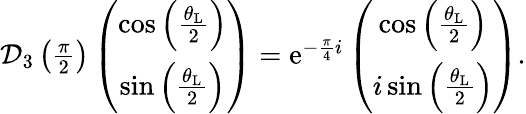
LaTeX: \begin{array}{r}{\mathcal{D}_{3}\left(\frac{\pi}{2}\right)\left(\begin{array}{cc}{\cos\left(\frac{\theta_{\mathrm{L}}}{2}\right)}\\ {\sin\left(\frac{\theta_{\mathrm{L}}}{2}\right)}\end{array}\right)=\mathrm{e}^{-\frac{\pi}{4}i}\left(\begin{array}{cc}{\cos\left(\frac{\theta_{\mathrm{L}}}{2}\right)}\\ {i\sin\left(\frac{\theta_{\mathrm{L}}}{2}\right)}\end{array}\right).}\end{array}